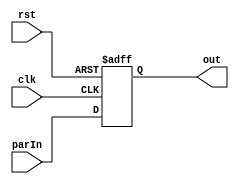
module Reg32OutLoad(input[31:0] parIn , input rst,clk, output reg[31:0] out);
	always@(posedge clk , posedge rst)begin
		if(rst) out <= 32'b0;
		else out <= parIn;
	end
endmodule